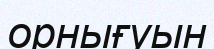
орнығуын